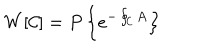
W [ { \cal C } ] = P \left\{ e ^ { - \oint _ { \cal C } A } \right\}